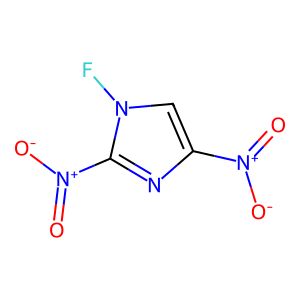
SMILES: O=[N+]([O-])c1cn(F)c([N+](=O)[O-])n1
Inhibits HIV replication: No